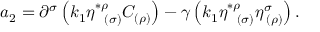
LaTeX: a _ { 2 } = \partial ^ { \sigma } \left( k _ { 1 } \eta _ { \; \; \; ( \sigma ) } ^ { * \rho } C _ { ( \rho ) } \right) - \gamma \left( k _ { 1 } \eta _ { \; \; \; ( \sigma ) } ^ { * \rho } \eta _ { \; ( \rho ) } ^ { \sigma } \right) .